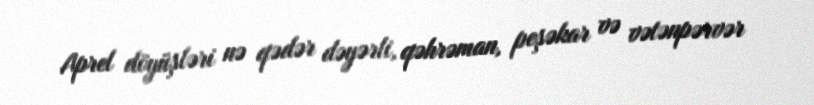
Aprel döyüşləri nə qədər dəyərli, qəhrəman, peşəkar və vətənpərvər